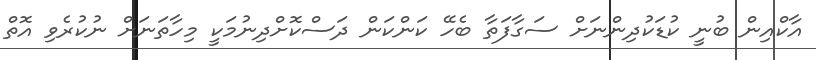
އާކްއިން ބުނީ ކުޑަކުދިންނަށް ސަގާފަތާ ބެހޭ ކަންކަން ދަސްކޮށްދިނުމަކީ މިހާތަނަށް ނުކުރެވި އޮތް